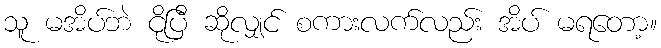
သူ မအိပ်ဘဲ ငိုပြီ ဆိုလျှင် စကားလက်လည်း အိပ် မရတော့။